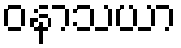
ဝနာသယာ